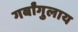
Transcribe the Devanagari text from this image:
गर्बांगुलाय